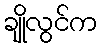
ချိုလွင်က